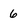
Character: 6